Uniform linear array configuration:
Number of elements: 48
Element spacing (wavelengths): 0.75
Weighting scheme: hamming
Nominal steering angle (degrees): -45
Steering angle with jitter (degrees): -44.587
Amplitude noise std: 0.05
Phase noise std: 0.05

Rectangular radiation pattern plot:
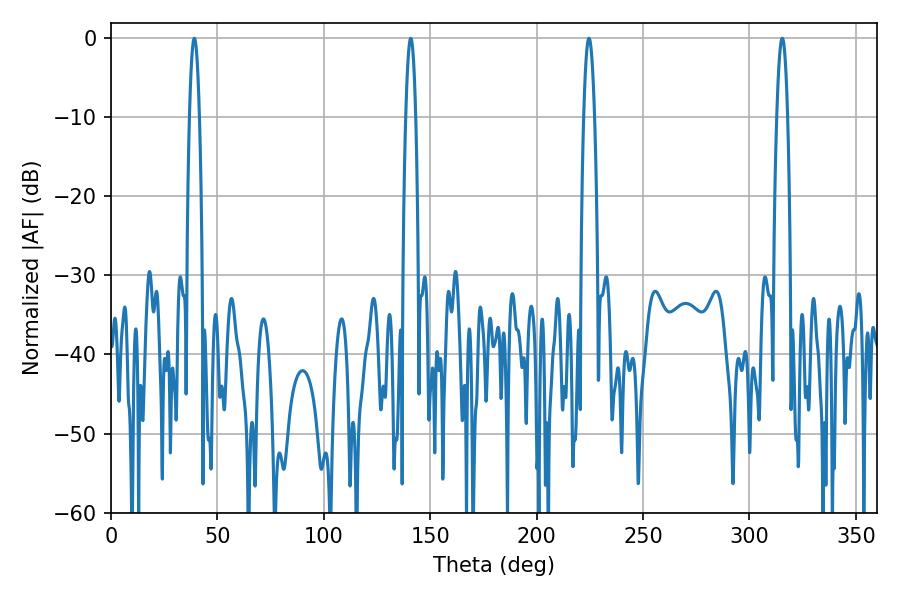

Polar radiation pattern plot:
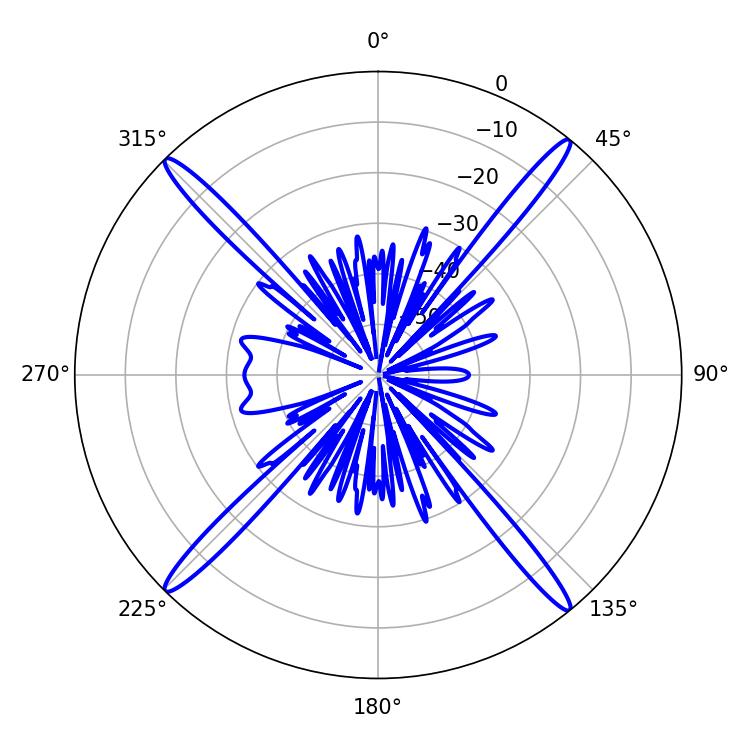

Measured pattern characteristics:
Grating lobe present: TRUE
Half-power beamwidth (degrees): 2.7
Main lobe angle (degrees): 315.36